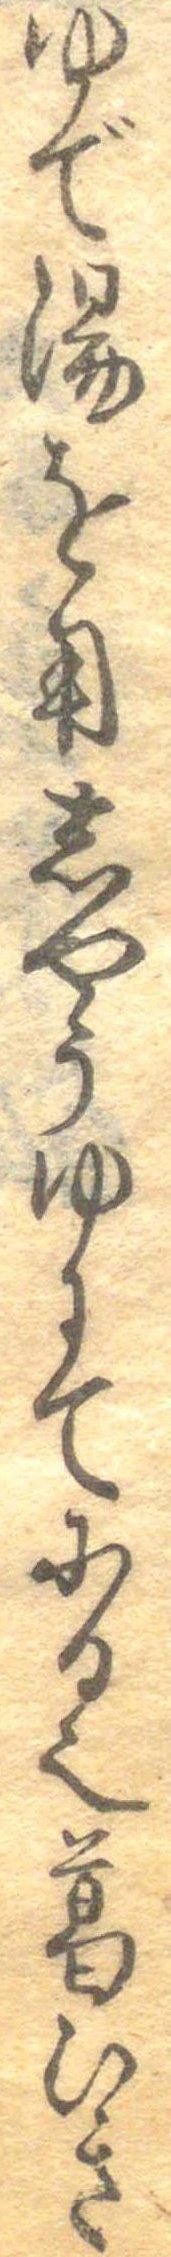
ゆで湯を用しやうゆにてにる也葛ひき